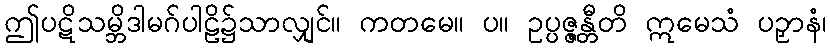
ဤပဋိသမ္ဘိဒါမဂ်ပါဠိ၌သာလျှင်။ ကတမေ။ ပ။ ဥပ္ပဇ္ဇန္တီတိ ဣမေသံ ပဉှာနံ၊